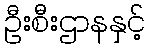
ဦးစီးဌာနနှင့်